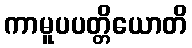
ကာမူပပတ္တိယောတိ